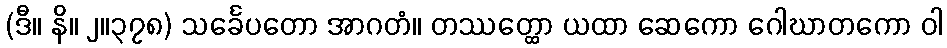
(ဒီ။ နိ။ ၂။၃၇၈) သင်္ခေပတော အာဂတံ။ တဿတ္ထော ယထာ ဆေကော ဂေါဃာတကော ဝါ